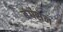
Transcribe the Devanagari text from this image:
बंगसेन